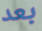
بعد